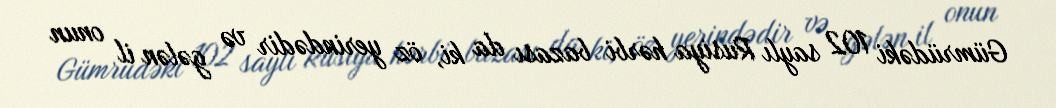
Gümrüdəki 102 saylı Rusiya hərbi bazası da ki, öz yerindədir və gələn il onun